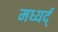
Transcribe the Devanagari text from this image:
मध्यर्द्